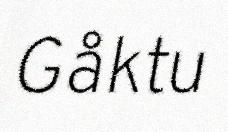
Gåktu